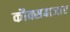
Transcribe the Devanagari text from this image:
कौक्सबाजार